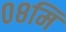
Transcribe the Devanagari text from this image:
०८मि